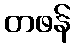
တဖန်